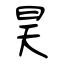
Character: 昊